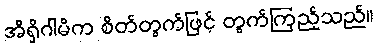
အိရှိဂါမိက စိတ်တွက်ဖြင့် တွက်ကြည့်သည်။